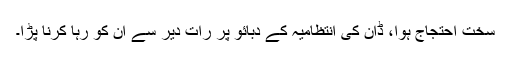
سخت احتجاج ہوا، ڈان کی انتظامیہ کے دبائو پر رات دیر سے ان کو رہا کرنا پڑا۔